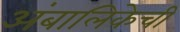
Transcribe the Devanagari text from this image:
अंबालिकेची